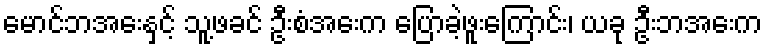
မောင်ဘအေးနှင့် သူ့ဖခင် ဦးစံအေးက ပြောခဲ့ဖူးကြောင်း၊ ယခု ဦးဘအေးက